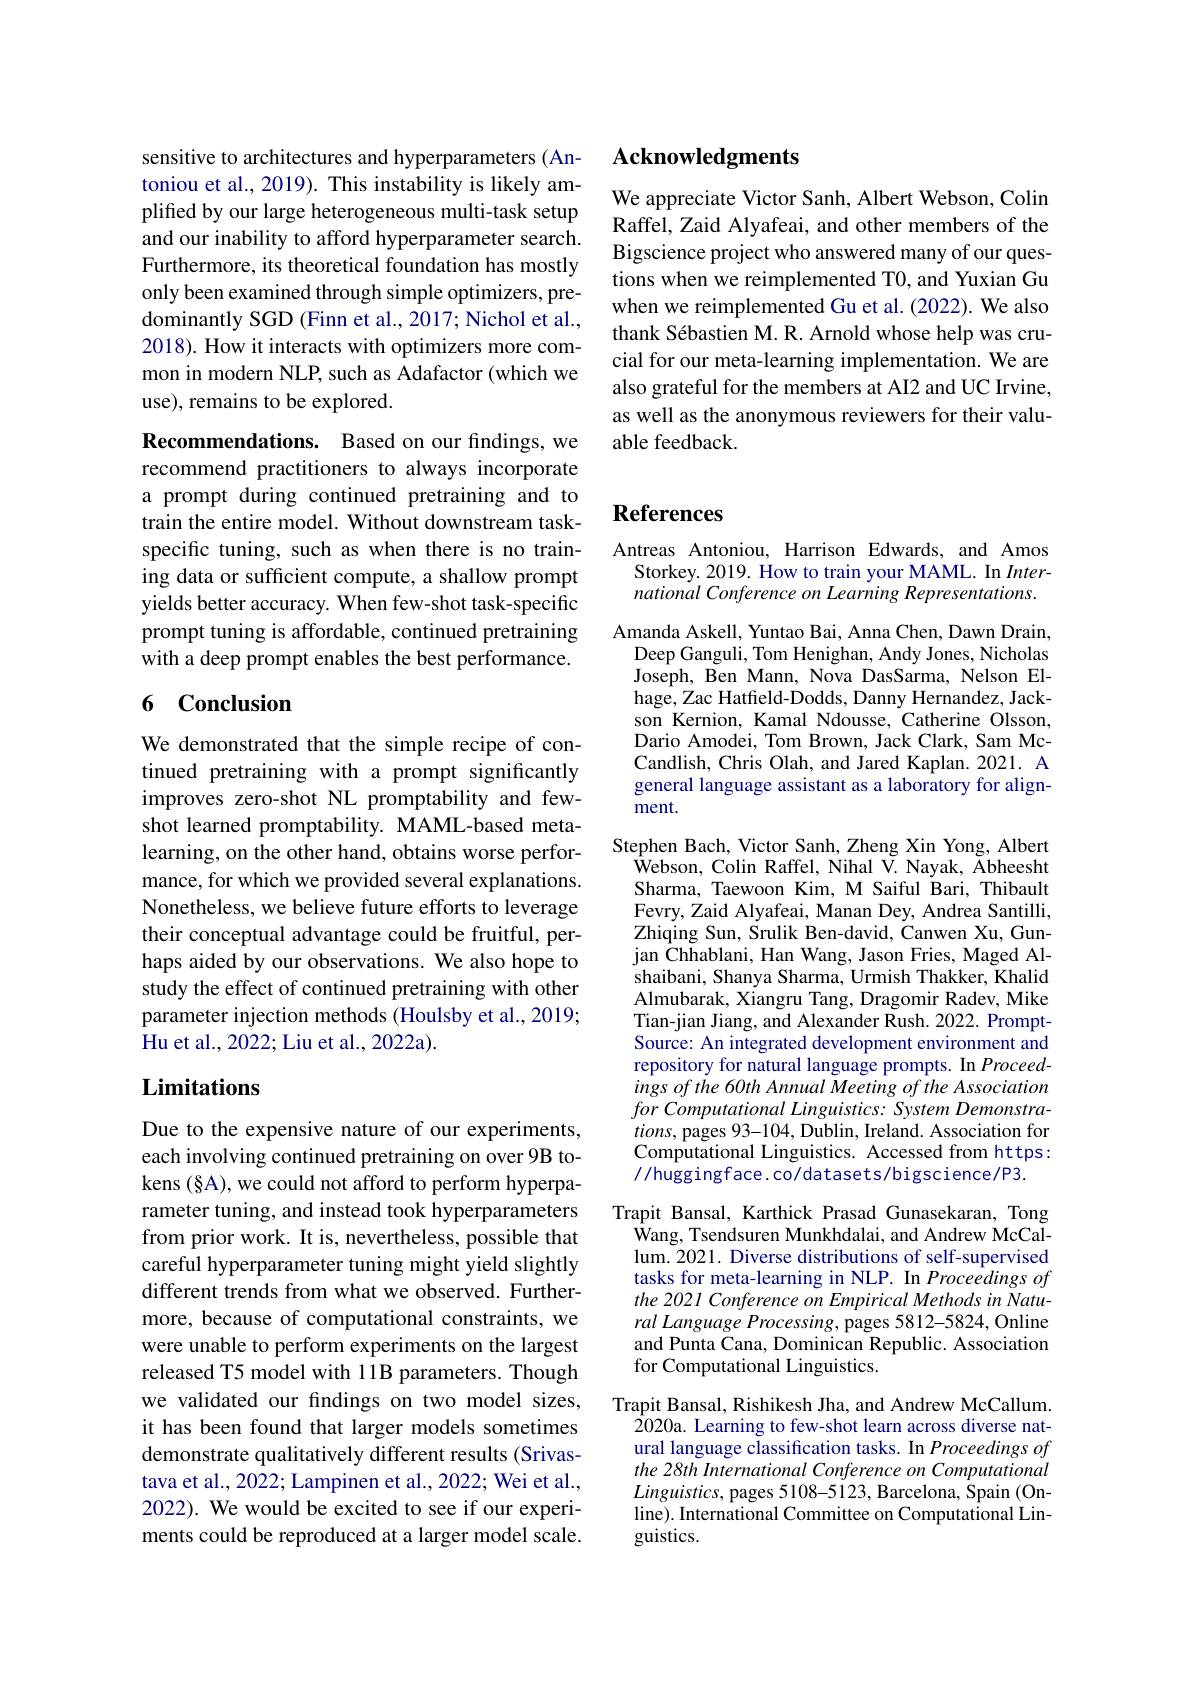
## Acknowledgments

We appreciate Victor Sanh, Albert Webson, Colin Raffel, Zaid Alyafeai, and other members of the Bigscience project who answered many of our questions when we reimplemented T0, and Yuxian Gu when we reimplemented Gu et al. (2022). We also thank Sébastien M. R. Arnold whose help was crucial for our meta-learning implementation. We are also grateful for the members at AI2 and UC Irvine, as well as the anonymous reviewers for their valuable feedback

sensitive to architectures and hyperparameters (Antoniou et al., 2019). This instability is likely amplified by our large heterogeneous multi-task setup and our inability to afford hyperparameter search. Furthermore, its theoretical foundation has mostly only been examined through simple optimizers, predominantly SGD (Finn et al., 2017; Nichol et al., 2018). How it interacts with optimizers more common in modern NLP, such as Adafactor (which we use), remains to be explored.

Recommendations. Based on our findings, we recommend practitioners to always incorporate a prompt during continued pretraining and to train the entire model. Without downstream taskspecific tuning, such as when there is no training data or sufficient compute, a shallow prompt yields better accuracy. When few-shot task-specific prompt tuning is affordable, continued pretraining with a deep prompt enables the best performance.

## 6 Conclusion

We demonstrated that the simple recipe of continued pretraining with a prompt significantly improves zero-shot NL promptability and fewshot learned promptability. MAML-based metalearning, on the other hand, obtains worse performance, for which we provided several explanations. Nonetheless, we believe future efforts to leverage their conceptual advantage could be fruitful, perhaps aided by our observations. We also hope to study the effect of continued pretraining with other parameter injection methods (Houlsby et al., 2019; Hu et al. , 2022; Liu et al. , 2022a) .

# Limitations

Due to the expensive nature of our experiments, each involving continued pretraining on over 9B tokens (§A), we could not afford to perform hyperparameter tuning, and instead took hyperparameters from prior work. It is, nevertheless, possible that careful hyperparameter tuning might yield slightly different trends from what we observed. Furthermore, because of computational constraints, we were unable to perform experiments on the largest released T5 model with 11B parameters. Though we validated our findings on two model sizes, it has been found that larger models sometimes demonstrate qualitatively different results (Srivastava et al., 2022; Lampinen et al., 2022; Wei et al., 2022). We would be excited to see if our experiments could be reproduced at a larger model scale.

# References

Antreas Antoniou, Harrison Edwards, and Amos
Storkey. 2019. How to train your MAML. In $Inter-$ national Conference on Learning Representations.

Amanda Askell, Yuntao Bai, Anna Chen, Dawn Drain,
Deep Ganguli, Tom Henighan, Andy Jones, Nicholas Joseph, Ben Mann, Nova DasSarma, Nelson El- $\hat{\text{hage, Zac Hatfield-Dodds, Danny Hernandez, Jack-}}$ son Kernion, Kamal Ndousse, Catherine Olsson, Dario Amodei, Tom Brown, Jack Clark, Sam McCandlish, Chris Olah, and Jared Kaplan. 2021. A general language assistant as a laboratory for alignment.
Stephen Bach, Victor Sanh, Zheng Xin Yong, Albert
${\hat{\mathrm{W}}}$ebson, Colin Raffel, Nihal V. Nayak, Kbheesht Sharma, Taewoon Kim, M Saiful Bari, Thibault Fevry, Zaid Alyafeai, Manan Dey, Andrea Santilli, Zhiqing Sun, Srulik Ben-david, Canwen Xu, Gunjan Chhablani, Han Wang, Jason Fries, Maged Alshaibani, Shanya Sharma, Urmish Thakker, Khalid Almubarak, Xiangru Tang, Dragomir Radev, Mike Tian-jian Jiang, and Alexander Rush. 2022. PromptSource: An integrated development environment and repository for natural language prompts. In Proceedings of the 60th Annual Meeting of the Association for Computational Linguistics: System Demonstra- $tions$, pages 93-104, Dublin, Ireland. Association for Computational Linguistics. Accessed from https: $//\hat{\text{huggingface.co/datasets/bigscience/P3.}}$
Trapit Bansal, Karthick Prasad Gunasekaran, Tong
$\hat{\mathrm{Wang,~Tsendsuren~Munkhdalai,~and~Andrew~McCal-}}$ lum. 2021. Diverse distributions of self-supervised tasks for meta-learning in NLP. In Proceedings of the 2021 Conference on Empirical Methods in Natural Language Processing, pages 5812-5824, Online and Punta Cana, Dominican Republic. Association for Computational Linguistics.
Trapit Bansal, Rishikesh Jha, and Andrew McCallum.
2020a. Learning to few-shot learn across diverse natural language classification tasks. In Proceedings of the 28th International Conference on Computational $Linguistics$, pages 5108-5123, Barcelona, Spain (Online). International Committee on Computational Linguistics.